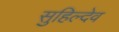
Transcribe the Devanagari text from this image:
सुहिल्देव